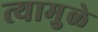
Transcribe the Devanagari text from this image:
त्यामुुळे